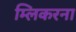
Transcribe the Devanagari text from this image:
म्लिकरना